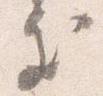
処